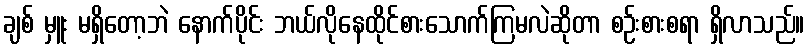
ချစ် မှူး မရှိတော့ဘဲ နောက်ပိုင်း ဘယ်လိုနေထိုင်စားသောက်ကြမလဲဆိုတာ စဉ်းစားစရာ ရှိလာသည်။